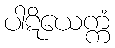
ပါဋိယေက္ကံ